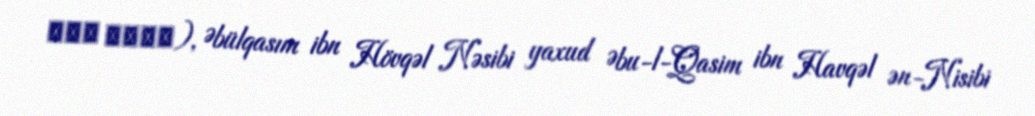
ابن حوقل), Əbülqasım ibn Hövqəl Nəsibi yaxud Əbu-l-Qasim ibn Havqəl ən-Nisibi